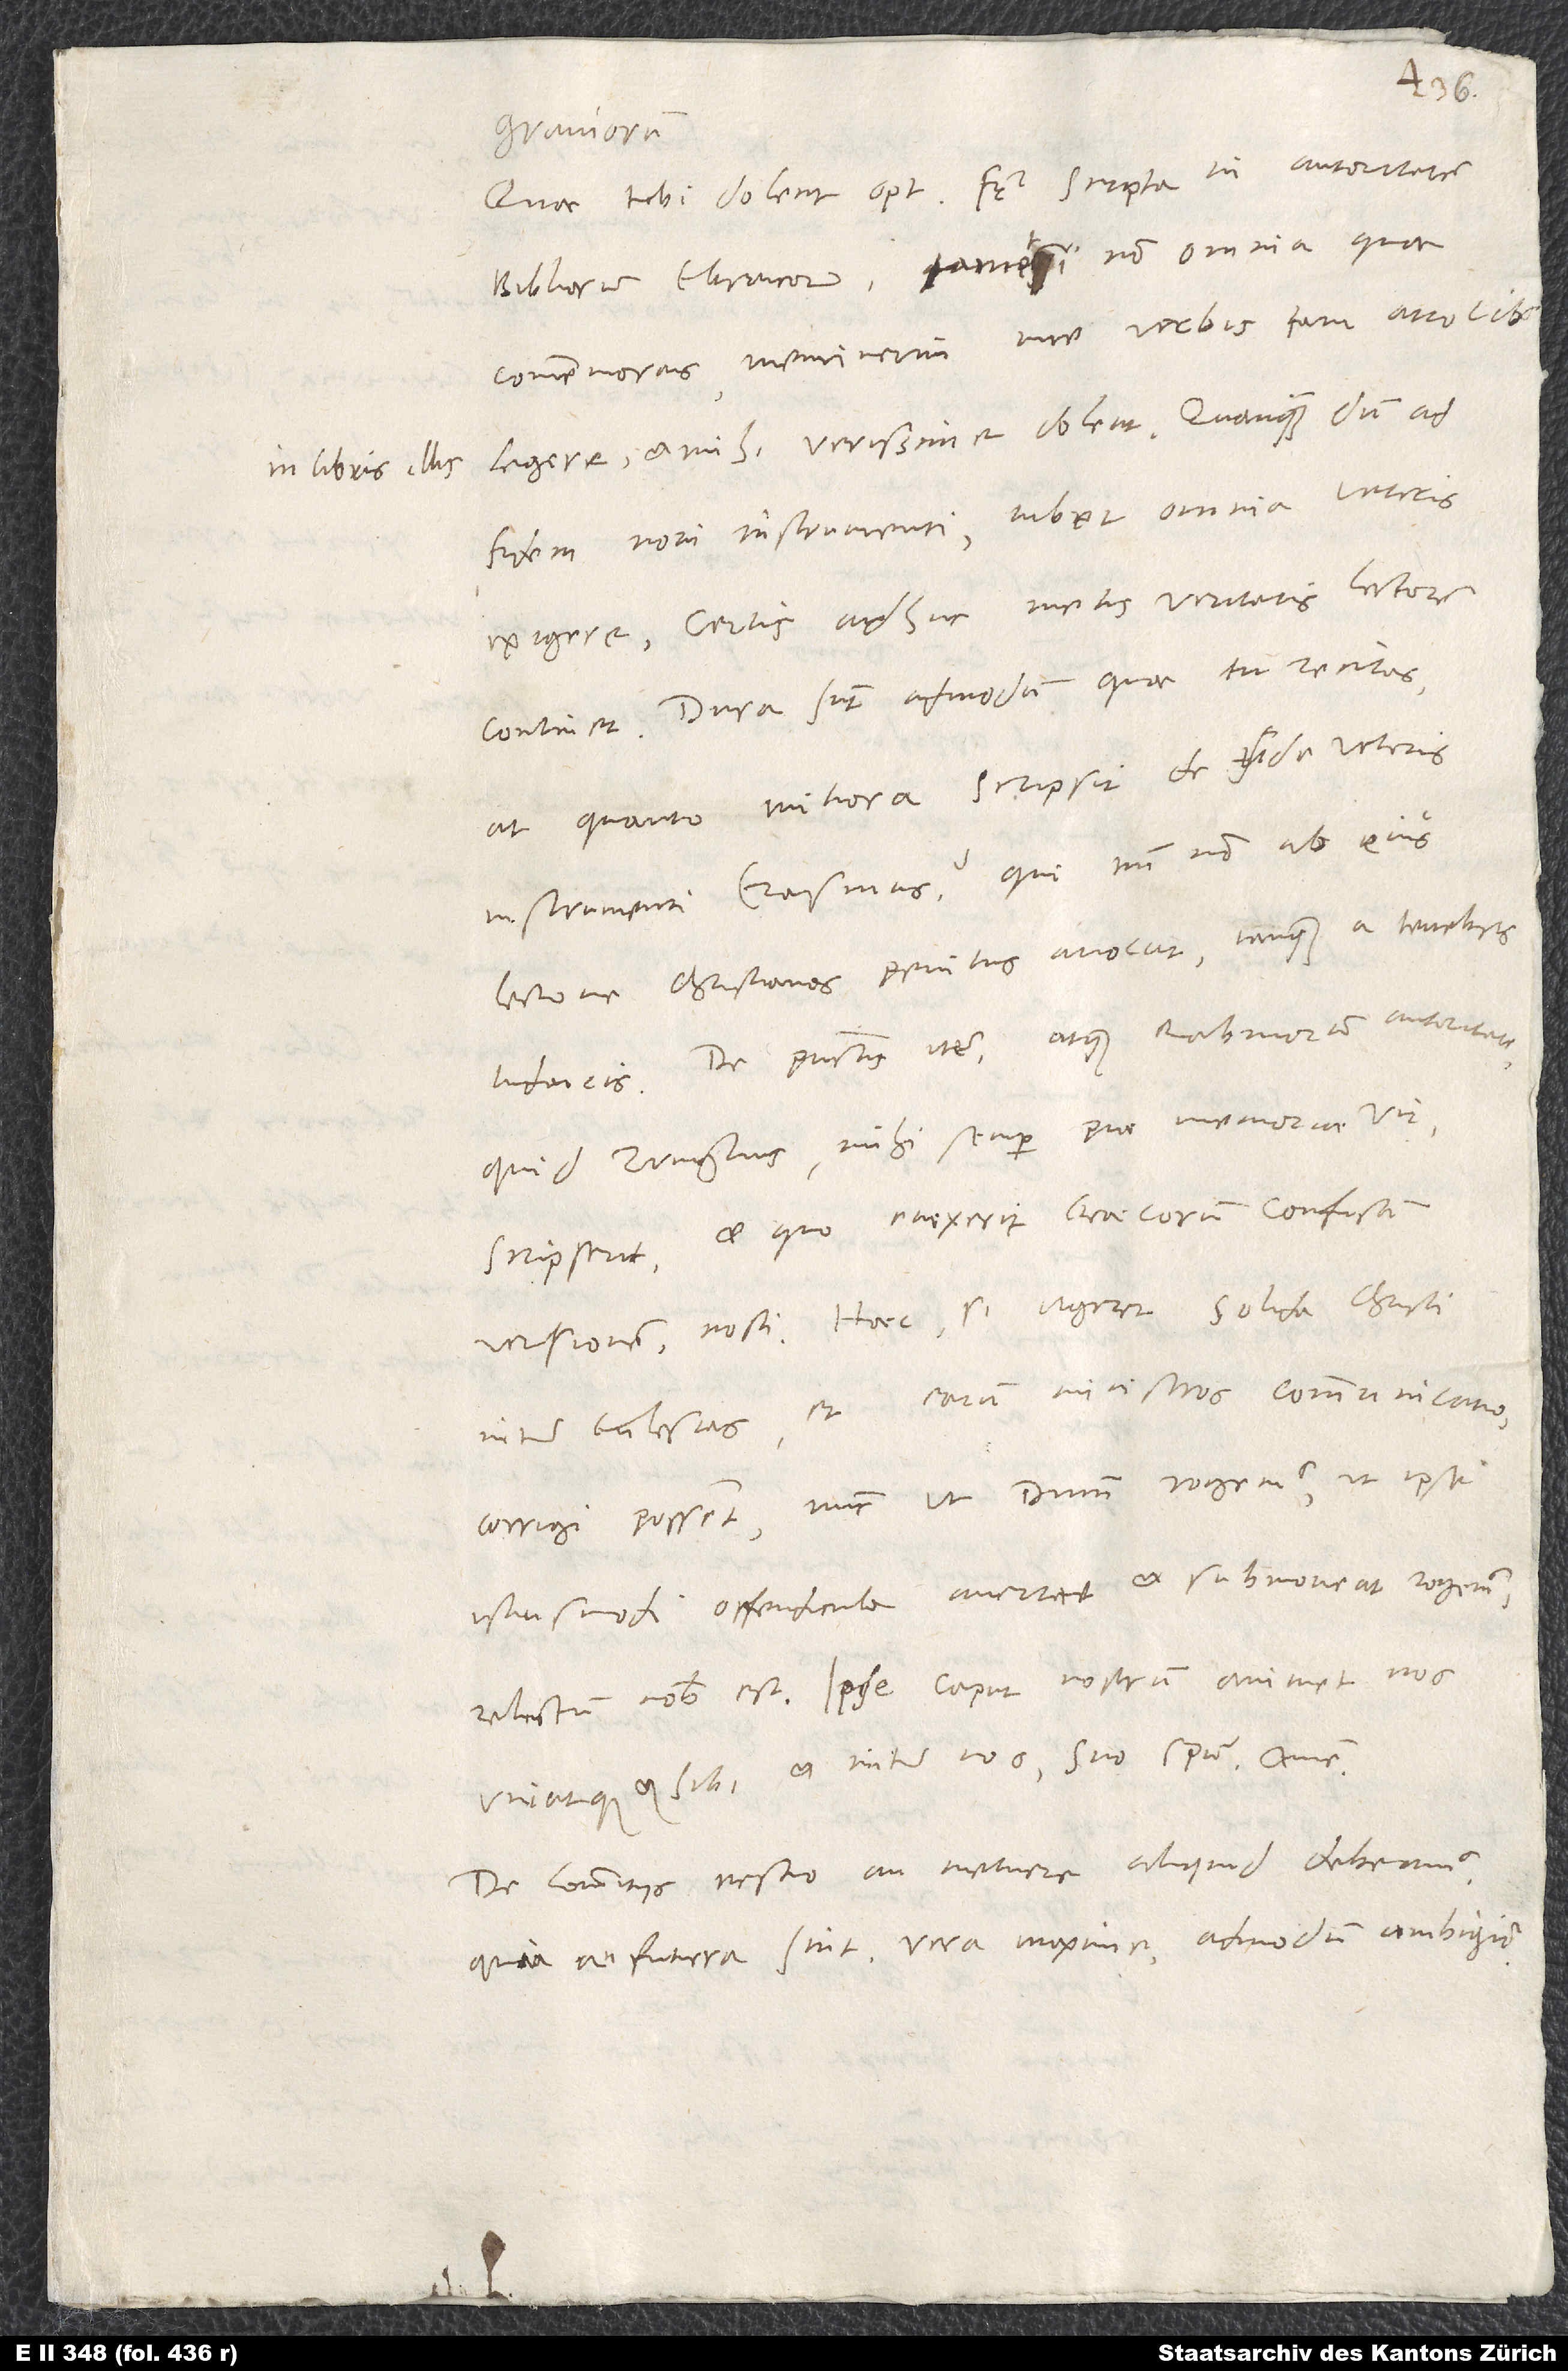
in libris illis

6.
graviorum.
Quae tibi dolent, optime frater, scripta in autoritatem
bibliorum Ebraicorum, tametsi non omnia, quae
commemoras, meminerim me verbis tam atrocibus
legere, et mihi verissime dolent. Quanquam, dum ad
fidem novi instrumenti iubet omnia veteris
exigere, certis adhuc metis veritatis lectorem
continet. Dura sunt admodum, quae tu recitas;
at quanto mitiora scripsit de fide veteris
instrumenti Erasmus, qui tantum non ab eius
lectione christianos penitus avocat tanquam a tenebris
Iudaicis? De punctis item atque rabinorum autoritate
quid Zvinglius, mihi semper piae memoriae vir,
scripserit et quo evexerit Graecorum confusam
versionem, nosti. Haec, si vigeret solida Christi
inter ecclesias et earum ministros communicatio,
corrigi possent; nunc, ut dominum rogemus, ut ipse
istiusmodi offendicula avertat et submoveat, rogemus,
relictum nobis est. Ipse caput nostrum animet nos
uniatque et sibi et inter nos suo spiritu. Amen.
De commitiis nescio, an metuere aliquid debeamus,
quia an futura sint, vera maxime, admodum ambigitur.